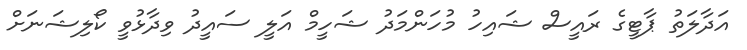
އަދާލަތު ޕާޓީގެ ރައީސް ޝައިހު މުހަންމަދު ޝަހީމް އަލީ ސައީދު ވިދާޅުވީ ކޯލިޝަނަށް